Report on lock hospitals in British Burma
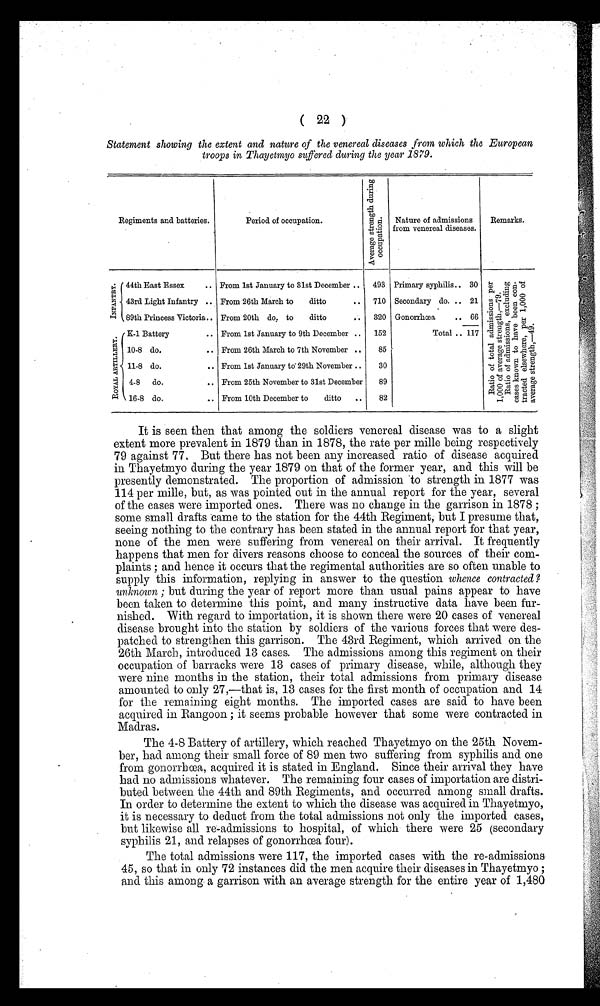
( 22 )
Statement showing the extent and nature of the venereal diseases from which the European
troops in Thayetmyo suffered during the year 1879.
Regiments and batteries.
Period of occupation.
Nature of admissions
from venereal diseases.
Remarks.
1-4 I N F A N T R Y
44th East Essex
.. From 1st January to 31st December ..
493 Primary syphilis.. 30
Rat i o of t ot al admi ssi ons per
1, 000 of aver age s t r engt h, —79.
Rat i o of admi s s i ons , excl udi ng
cas es known t o have been con-
t r a c t e d known t o ha ve be e n c on-
t r a c t e d e l s e wh e r e , p e r 1 , 0 0 0 o f
average st rengt h, —49.
43rd Light Infantry .. From 26th March to
ditto
..
710 Secondary do. .. 21
89th Princess victoria.. From 20th do. to
ditto
320 Gonorrhœa
.. 66
R O Y A L A R T I L L E R Y .
K-1 Battery
.. From 1st January to 9th December ..
152
Total .. 117
10-8 do.
.. From 26th March to 7th November ..
85
11-8 do.
.. From 1st January to 29th November ..
30
4-8
do.
.. From 25th November to 31st December
89
16-8 do.
.. From 10th December to
ditto
..
82
It is seen then that among the soldiers venereal disease was to a slight
extent more prevalent in 1879 than in 1878, the rate per mille being respectively
79 against 77, But there has not been any increased ratio of disease acquired
in Thayetmyo during the year 1879 on that of the former year, and this will be
presently demonstrated. The proportion of admission to strength in 1877 was
114 per mille, but, as was pointed out in the annual report for the year, several
of the cases were imported ones. There was no change in the garrison in 1878 ;
some small drafts came to the station for the 44th Regiment, but I presume that,
seeing nothing to the contrary has been stated in the annual report for that year,
none of the men were suffering from venereal on their arrival. It frequently
happens that men for divers reasons choose to conceal the sources of their com-
plaints ; and hence it occurs that the regimental authorities are so often unable to
supply this information, replying in answer to the question whence contracted?
unknown ; but during the year of report more than usual pains appear to have
been taken to determine this point, and many instructive data have been fur-
nished. With regard to importation, it is shown there were 20 cases of venereal
disease brought into the station by soldiers of the various forces that were des-
patched to strengthen this garrison. The 43rd Regiment, which arrived on the
26th March, introduced 13 cases. The admissions among this regiment on their
occupation of barracks were 13 cases of primary disease, while, although they
were nine months in the station, their total admissions from primary disease
amounted to only 27,—that is, 13 cases for the first month of occupation and 14
for the remaining eight months. The imported cases are said to have been
acquired in Rangoon ; it seems probable however that some were contracted in
Madras.
The 4-8 Battery of artillery, which reached Thayetmyo on the 25th Novem-
ber, had among their small force of 89 men two suffering from syphilis and one
from gonorrhœa, acquired it is stated in England. Since their arrival they have
had no admissions whatever. The remaining four cases of importation are distri-
buted between the 44th and 89th Regiments, and occurred among small drafts.
In order to determine the extent to which the disease was acquired in Thayetmyo,
it is necessary to deduct from the total admissions not only the imported cases,
but likewise all re-admissions to hospital, of which there were 25 (secondary
syphilis 21, and relapses of gonorrhœa four).
The total admissions were 117, the imported cases with the re-admissions
45, so that in only 72 instances did the men acquire their diseases in Thayetmyo ;
and this among a garrison with an average strength for the entire year of 1,480